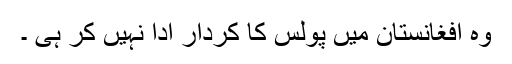
وہ افغانستان میں پولس کا کردار ادا نہیں کر ہی ۔